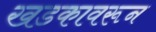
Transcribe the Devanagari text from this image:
खडकावरून